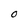
Character: O